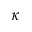
\kappa